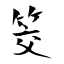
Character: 筊